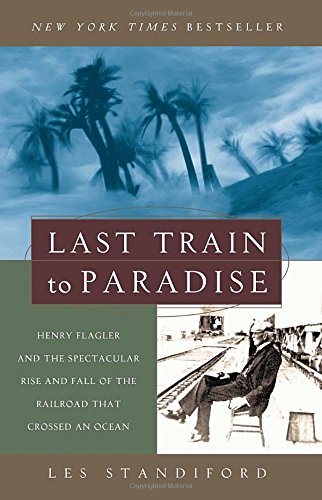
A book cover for Last Train to Paradise: Henry Flagler and the Spectacular Rise and Fall of the Railroad that Crossed an Ocean; Les Standiford; Engineering & Transportation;